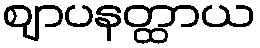
ဈာပနတ္ထာယ